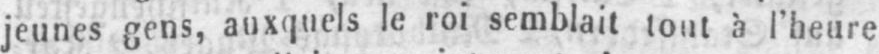
jeunes gens, auxquels le roi semblait tout à l’heure